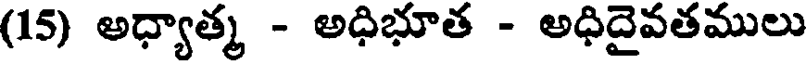
(15) అధ్యాత్మ - అధిభూత - అధిదైవతములు